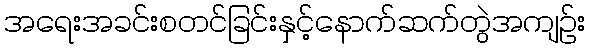
အရေးအခင်းစတင်ခြင်းနှင့်နောက်ဆက်တွဲအကျဉ်း